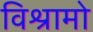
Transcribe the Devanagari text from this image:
विश्रामो